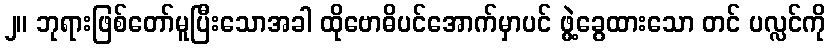
၂။ ဘုရားဖြစ်တော်မူပြီးသောအခါ ထိုဗောဓိပင်အောက်မှာပင် ဖွဲ့ခွေထားသော တင် ပလ္လင်ကို